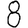
Digit: 8